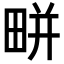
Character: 𤲒